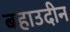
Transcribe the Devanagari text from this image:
बहाउदीन